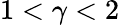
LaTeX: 1<\gamma<2